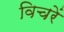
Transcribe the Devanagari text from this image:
विचरें